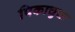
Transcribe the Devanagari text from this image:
पिकाचुचा